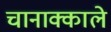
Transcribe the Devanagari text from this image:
चानाक्काले